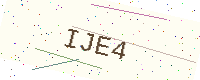
Text: IJE4